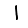
Digit: 1